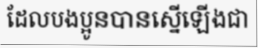
ដែលបងប្អូនបានស្នើឡើងជា